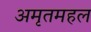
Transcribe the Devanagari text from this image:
अमृतमहल